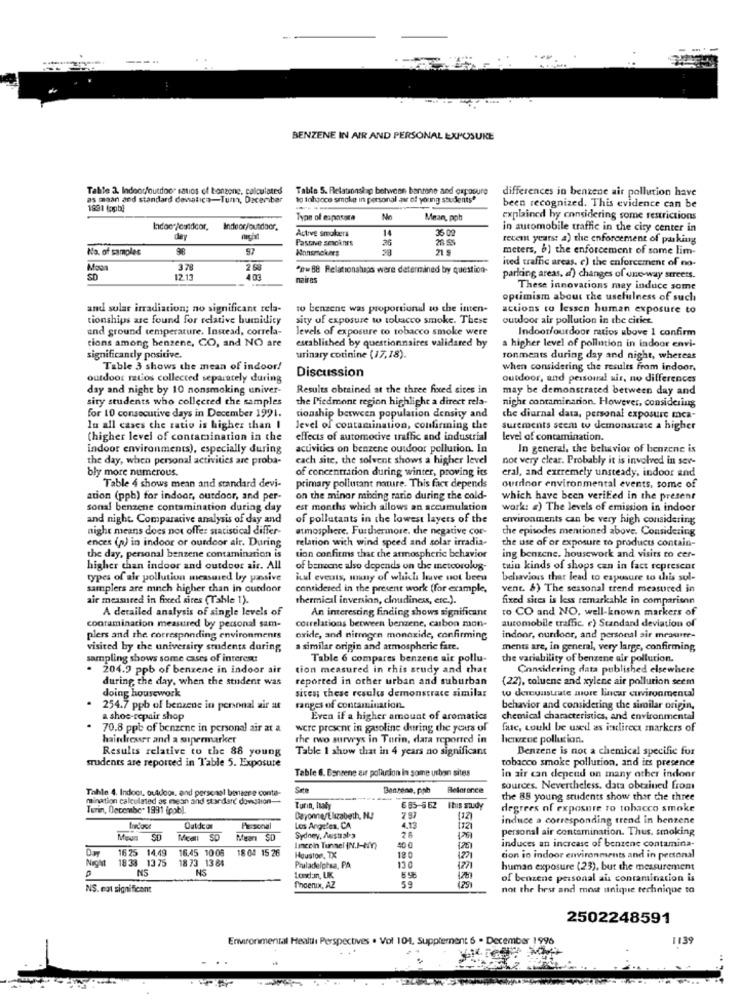
---
BENZENE IN AIR AND PERSONAL EXPOSURE
Table 2. Indoor/outdoor satios of tonzone, calculates
Table 5. Relationship between bentone and exposure
differences in benzene air pollution have
as maan and standard denatica-Tun, December
to tohpoco smoke in personal av of young students"
1991 (publ
been recognized. This evidence can be
Type of espasara
No
Mean, ppb
explained by considering some restrictions
Indoc /candcor,
Active smokers
36 02
in automobile traffic in the city center in
day
Passive sesoknrs
26
14
recent years: a) the enforcement of pas kiang
No. of samples
97
Nonsmokers
meters, b) the enforcement of some lim-
ived traffic areas. e) the enforcement of no-
Mous
3 78
2 60
"#= 88 Relationships were determined by question-
SD
12.13
403
naires
parking areas. a) changes of one-way streets.
These innovations may induce some
optimism about the usefulness of such
and sular irradiation; no significant rela-
to benzene was proportional to the inten-
actions to lessen human exposure to
tionships are found for relative humidity
sity of exposure w tobacco smoke. These
outdoor air pollution in the cities.
and ground temperature. Instead, correla-
levels of exposure co tobacco smoke were
Indoor/outdoor ratios above 1 confirm
tions among benzene, CO, and NO are
established by questionnaires validared by
a higher level of pollution in indoor envi-
significantly positive.
urinary cotinine (17,18).
sonments during day and night, whereas
Table 3 shows the mean of indoor!
Discussion
when considering the results from indoor,
outdoor rios collected separately during
outdoor, and personal wir, no differences
day and night by 10 nonsmoking univer-
Results obtained at the three fixed sites in
may be demonstrated between day and
sity students who collected the samples
the Piedmont region highlight a direct rela-
night contaminarion. However, considering
for 10 consecutive days in December 1991.
tionship between population density and
che diurnal data, personal exposure mca-
lu all cases the ratio is higher than I
Jevel of contamination, confirming the
surements seem to demonstrate a higher
(higher level of contamination in the
effects of automotive traffic and industrial
level of contamination.
indoor environments), especially during
activities on benzene outdoor pollution. In
In general, the behavior of benzene is
the day, when personal activities are proba-
cach site, the solvent shows a higher level
not very clear. Probably it is involved in sev-
bly more numerous.
of concentration during winter, proving its
eral, and extremely unsteady, indoor and
Table 4 shows mean and standard devi-
primary pollutant nature. This fact depends
outdoor environmental events, some of
ation (ppb) for indoor, outdoor, and per-
on the minor mixing rario during the cold-
which have been verified in the present
sonal benzene contamination during day
est months which allows an accumulation
work: a) The levels of emission in indoor
and night. Comparative analysis of day and
of pollutants in the lowest layers of the
environments can be very high considering
night means does not offer statistical differ-
atmosphere. Furthermore, the negative cor-
the episodes mentioned above. Considering
ences (n) in indoor or outdoor air. During
relation with wind speed and solar irradia-
the use of or exposure to products contain-
the day, personal benzene contamination is
tion confirms that the atmospheric behavior
ing benzene, housework and visits to cer-
higher than indoor and outdoor air. All
of benzene also depends on the meteorolog-
tuin kinds of shops can in fact represent
types of air pollution measured by ponsive
hul events, many of which have not been
behaviors that lead to exposure to this sul-
samplers are much higher than in ourdoor
considered in the present work (for example,
vent. 6) The seasonal trend measured in
air measured in fixced sites (Tahle 1).
thermical inversion, cloudiness, etc.).
fixed sites is less remarkable in comparison
A detailed analysis of single levels of
An interesting finding shows significant
To CO and NO. well-known markers of
automobile traffic. e) Standard deviation of
contamination measured by personal sam-
correlations between benzene, carbon mon-
plers and the corresponding environments
oxide, and nirmgen monoxide, confirming
indoor, ourdoor, and personal air mrauner-
visited by the university students during,
a similar origin and atmospheric fare.
ments are, in general, very large, confirming,
sampling shows some cases of interest:
Table 6 compares benzene air pollu-
the variability of benzene air pollution.
. 204.9 ppb of benzene in indoor air
tion measured in this study and that
Considering data published elsewhere
during the day, when the student was
reported in other urban and suburban
(22), toluene and xylene air pollution seem
doing housework
sites; these results demonstrace similar
to demonstrate more lincar environmental
254.7 ppb of benzene in personal air at
ranges of contamination.
behavior and considering the similar origin,
a shoe-repair shop
Even if a higher amount of aromatics
chemical characteristics, and environmental
70.8 ppb of benzene in personal air at a
were present in gasoline during the yours of
fase, coull be used as indirect markers of
hairdresser and a supermarker
the two surveys in Turin, data reported in
heneue pollution.
Results relative to the 88 young
Table I show that in 4 years no significant
Benzene is not a chemical specific for
students are reported in Table 5. Exposure
tobacco smoke pollution, and its presence
Table 6. Banrene air pollution in some urban sites
in air can depend on many other indoor
Tahle 4. Indoor, outdoor, and personal biere conte-
Se
Benzene, pph
Belorence
sources. Nevertheless, data obtained from
mination calculated as mean and standard donation --
the 88 young students show thor the three
Terin, December 1991 (pab).
Turin, Italy
6 85-5 62
This study
degrees of exposure to tobacco smoke
induce a corresponding trend in benzene
Outdeor
Los Angeles, CA
4.13
[32]
personal air contamination. Thus, smoking
Meun SD
Mearı S
Sydney, Australia
28
126
1625 14.49
16.45 1005
18 04 15 26
Imcoin Tunnel IN.J-M)
300
induces an increase of benzene contamina-
18 38 13 75
18 73 13 84
Houston, TX
18.0
1221
tion io indoor environments and in personal
NS
NS
Pruladelphsa, PA
130
human exposure (23), but the measurement
London, UK
of benzene personal aus contamination is
NS. not significant
Phoenix, AZ
59
not the best and most unique technique to
2502248591
Environmental Health Perspectives . Vol 104. Supplement 6
1139